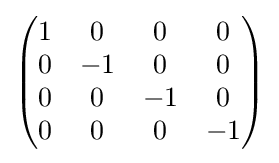
{\textstyle {\begin{pmatrix}1&0&0&0\\0&-1&0&0\\0&0&-1&0\\0&0&0&-1\end{pmatrix}}}